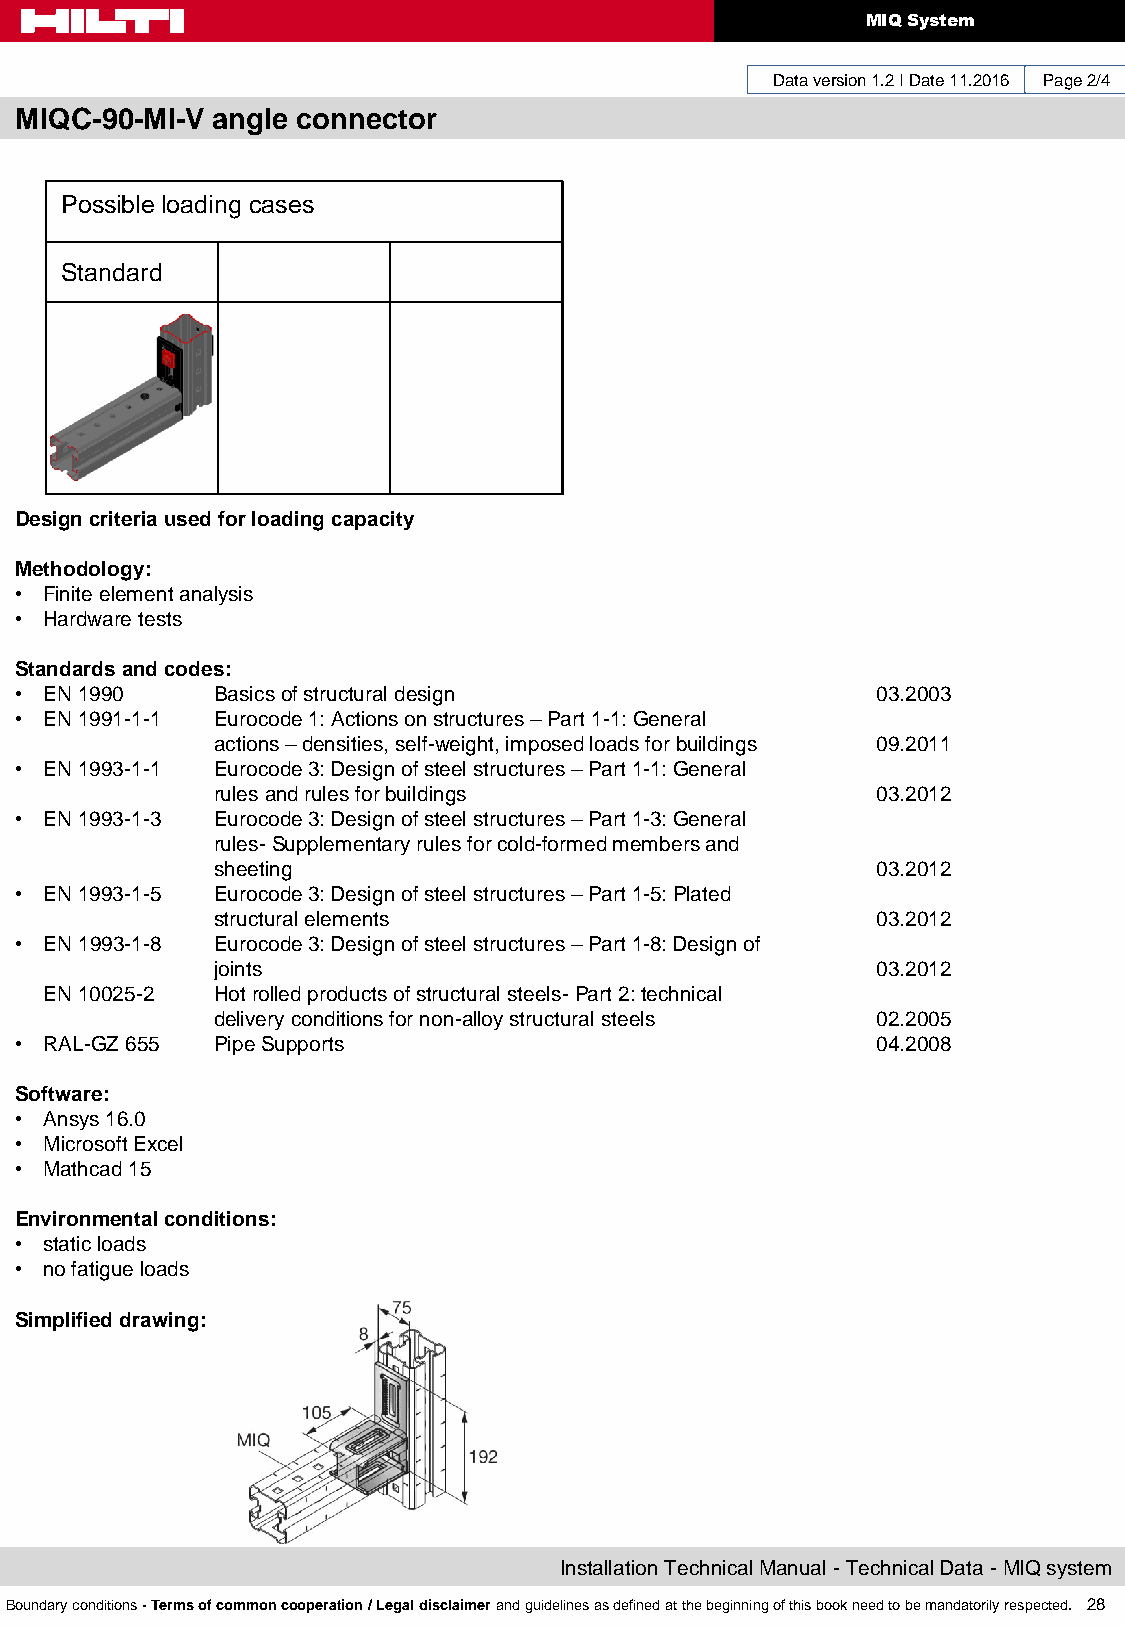
MIQ System
 Data version 1.2 I Date 11.2016 Page 2/4
 MIQC-90-MI-V angle connector
 Possible loading cases
 Standard
 Design criteria used for loading capacity
 Methodology:
 • Finite element analysis
 • Hardware tests
 Standards and codes:
 • EN 1990    Basics of structural design                 03.2003
 • EN 1991-1-1 Eurocode 1: Actions on structures – Part 1-1: General
 actions – densities, self-weight, imposed loads for buildings 09.2011
 • EN 1993-1-1 Eurocode 3: Design of steel structures – Part 1-1: General
 rules and rules for buildings               03.2012
 • EN 1993-1-3 Eurocode 3: Design of steel structures – Part 1-3: General
 rules- Supplementary rules for cold-formed members and
 sheeting                                    03.2012
 • EN 1993-1-5 Eurocode 3: Design of steel structures – Part 1-5: Plated
 structural elements                         03.2012
 • EN 1993-1-8 Eurocode 3: Design of steel structures – Part 1-8: Design of
 joints                                      03.2012
 EN 10025-2 Hot rolled products of structural steels- Part 2: technical
 delivery conditions for non-alloy structural steels 02.2005
 • RAL-GZ 655 Pipe Supports                               04.2008
 Software:
 • Ansys 16.0
 • Microsoft Excel
 • Mathcad 15
 Environmental conditions:
 • static loads
 • no fatigue loads
 Simplified drawing:
 Installation Technical Manual - Technical Data - MIQ system
 Boundary conditions - Terms of common cooperation / Legal disclaimer and guidelines as defined at the beginning of this book need to be mandatorily respected. 28